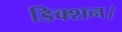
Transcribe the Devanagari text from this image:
डिक्शन।